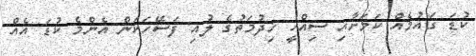
ކުޑަ ގައުމެއް ކަމަށާއި ސިއްހީ ޚިދުމަތުގެ ލުއި ފަސޭހަކަން އެންމެ ކުޑަ އެއް